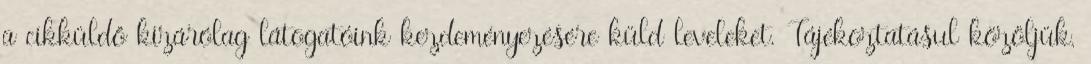
a cikküldő kizárólag látogatóink kezdeményezésére küld leveleket. Tájékoztatásul közöljük,